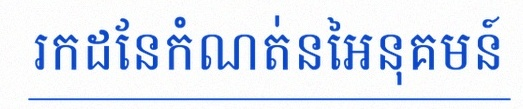
រកដែនកំណត់នៃអនុគមន៍